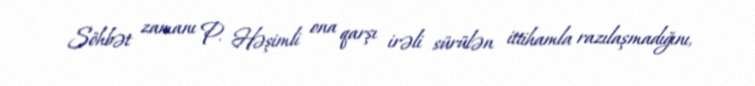
Söhbət zamanı P. Həşimli ona qarşı irəli sürülən ittihamla razılaşmadığını,